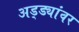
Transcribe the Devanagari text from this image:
अड्ड्यांवर